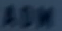
ASW